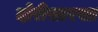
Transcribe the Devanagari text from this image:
दोरीसारखा